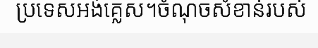
ប្រទេសអង់គ្លេស។ចំណុចសំខាន់របស់